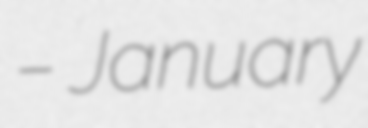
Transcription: – January